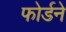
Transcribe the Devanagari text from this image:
फोर्डने